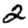
Digit: 2